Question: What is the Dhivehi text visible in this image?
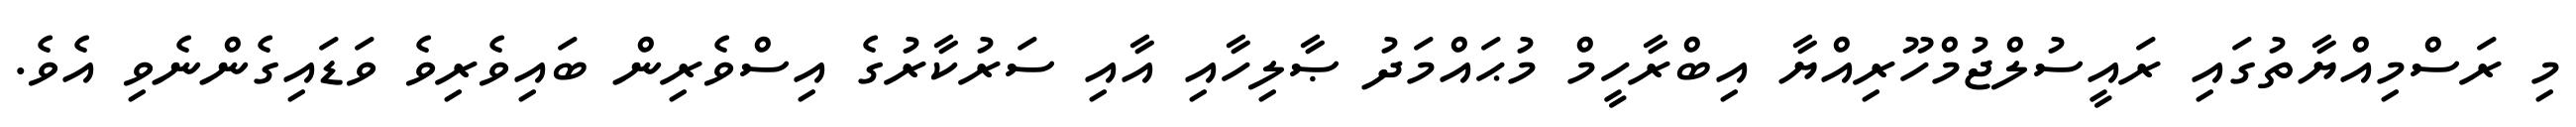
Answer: މި ރަސްމިއްޔާތުގައި ރައީސުލްޖުމްހޫރިއްޔާ އިބްރާހީމް މުޙައްމަދު ޞާލިހާއި އާއި ސަރުކާރުގެ އިސްވެރިން ބައިވެރިވެ ވަޑައިގެންނެވި އެވެ.